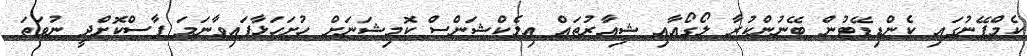
ކެމްޕޭނުގައި ކެންޑިޑޭޓުން ބޭނުންކުރާ ލޯގޯއާއި ޝިއާރުތައް އިލެކްޝަންސް ކޮމިޝަނަށް ހުށަހަޅާފައިވާނަމަ ފާސްކޮށްދީ ނުވަތަ